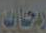
رحاب